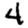
Digit: 4